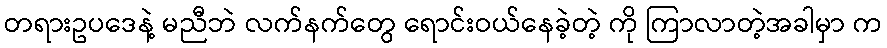
တရားဥပဒေနဲ့ မညီဘဲ လက်နက်တွေ ရောင်းဝယ်နေခဲ့တဲ့ ကို ကြာလာတဲ့အခါမှာ က